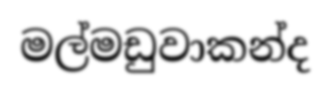
මල්මඩුවාකන්ද